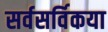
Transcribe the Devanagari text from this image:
सर्वसर्विकया